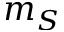
m _ { S }